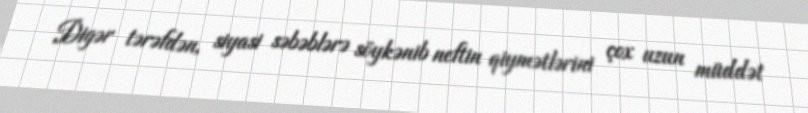
Digər tərəfdən, siyasi səbəblərə söykənib neftin qiymətlərini çox uzun müddət